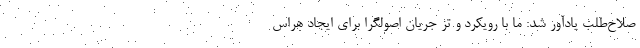
صلاح‌طلب یادآور شد: ما با رویکرد و تز جریان اصولگرا برای ایجاد هراس